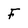
Character: F